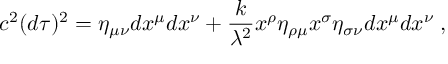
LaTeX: c ^ { 2 } ( d \tau ) ^ { 2 } = \eta _ { \mu \nu } d x ^ { \mu } d x ^ { \nu } + \frac { k } { \lambda ^ { 2 } } x ^ { \rho } \eta _ { \rho \mu } x ^ { \sigma } \eta _ { \sigma \nu } d x ^ { \mu } d x ^ { \nu } \; ,